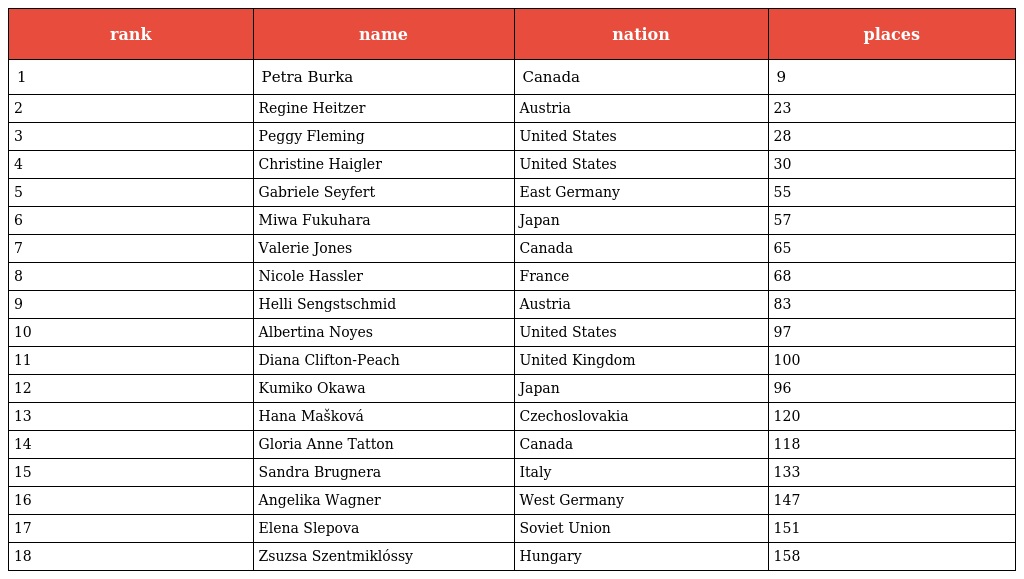
| rank | name | nation | places |
 | --- | --- | --- | --- |
 | 1 | Petra Burka | Canada | 9 |
 | 2 | Regine Heitzer | Austria | 23 |
 | 3 | Peggy Fleming | United States | 28 |
 | 4 | Christine Haigler | United States | 30 |
 | 5 | Gabriele Seyfert | East Germany | 55 |
 | 6 | Miwa Fukuhara | Japan | 57 |
 | 7 | Valerie Jones | Canada | 65 |
 | 8 | Nicole Hassler | France | 68 |
 | 9 | Helli Sengstschmid | Austria | 83 |
 | 10 | Albertina Noyes | United States | 97 |
 | 11 | Diana Clifton-Peach | United Kingdom | 100 |
 | 12 | Kumiko Okawa | Japan | 96 |
 | 13 | Hana Mašková | Czechoslovakia | 120 |
 | 14 | Gloria Anne Tatton | Canada | 118 |
 | 15 | Sandra Brugnera | Italy | 133 |
 | 16 | Angelika Wagner | West Germany | 147 |
 | 17 | Elena Slepova | Soviet Union | 151 |
 | 18 | Zsuzsa Szentmiklóssy | Hungary | 158 |